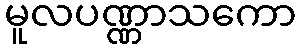
မူလပဏ္ဏာသကော